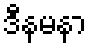
ဒီနမနာ